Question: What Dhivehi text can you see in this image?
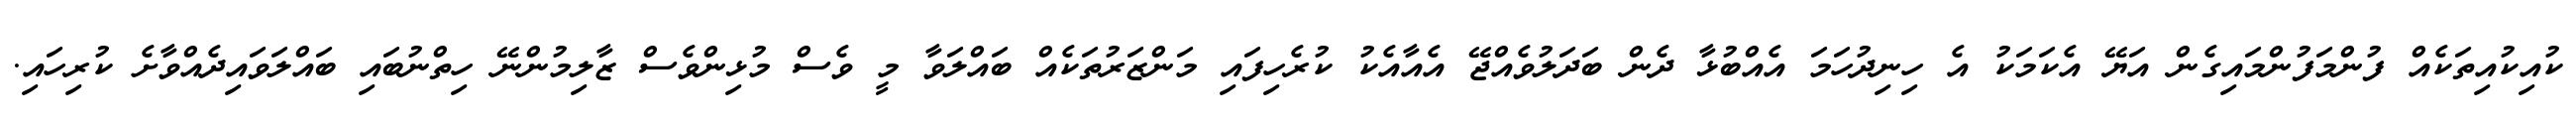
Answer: ކުއިކުއިތަކެއް ފުންމަފުންމައިގެން އަޔޭ އެކަމަކު އެ ހިނިދުހަމަ އެއްބުޅާ ދެން ބަދަލުވެއްޖޭ އެއާއެކު ކުރެހިފައި މަންޒަރުތަކެއް ބައްލަވާ މީ ވެސް މުޅިންވެސް ޒާލިމުންނޭ ހިތްނުބައި ބައްލަވައިދެއްވާށެ ކުރިހައި.